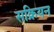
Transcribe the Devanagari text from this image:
सक्रियन